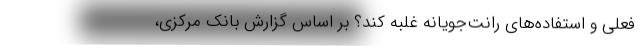
فعلی و استفاده‌های رانت‌جویانه غلبه کند؟ بر اساس گزارش بانک مرکزی،